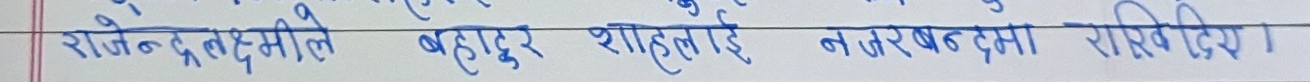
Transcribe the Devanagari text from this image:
राजेन्द्र लक्ष्मीले बहादुर शाहलाई नजरबन्दमा राखिदिए।